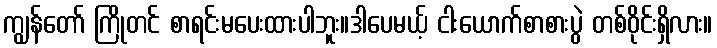
ကျွန်တော် ကြိုတင် စာရင်းမပေးထားပါဘူး။ဒါပေမယ့် ငါးယောက်စာစားပွဲ တစ်ဝိုင်းရှိလား။